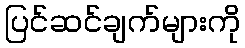
ပြင်ဆင်ချက်များကို